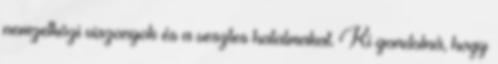
nemzetközi viszonyok és a vesztes hatalmakat. Ki gondolná, hogy